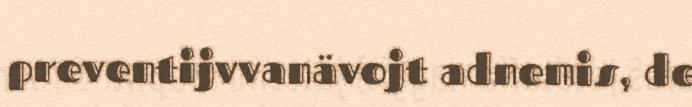
preventijvvanävojt adnemis, de